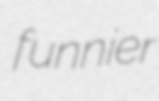
funnier